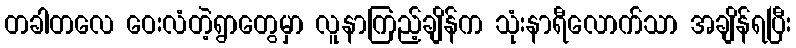
တခါတလေ ဝေးလံတဲ့ရွာတွေမှာ လူနာကြည့်ချိန်က သုံးနာရီလောက်သာ အချိန်ရပြီး